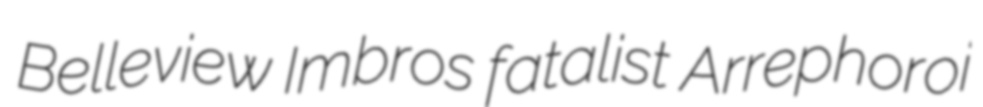
Belleview Imbros fatalist Arrephoroi